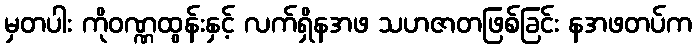
မှတပါး ကိုဝဏ္ဏထွန်းနှင့် လက်ရှိနအဖ သဟဇာတဖြစ်ခြင်း နအဖတပ်က